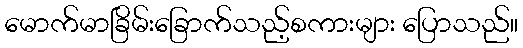
မောက်မာခြိမ်းခြောက်သည့်စကားများ ပြောသည်။